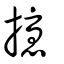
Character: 擾